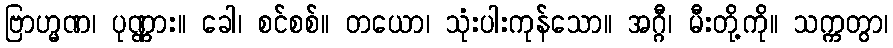
ဗြာဟ္မဏ၊ ပုဏ္ဏား။ ခေါ၊ စင်စစ်။ တယော၊ သုံးပါးကုန်သော။ အဂ္ဂီ၊ မီးတို့ကို။ သက္ကတွာ၊